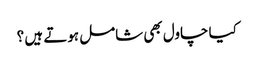
کیا چاول بھی شامل ہوتے ہیں ؟